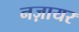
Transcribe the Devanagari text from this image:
नज़ायर